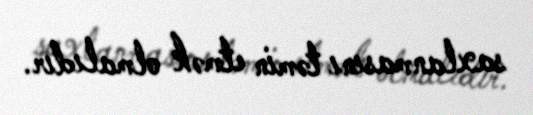
saxlanmasını təmin etmək olmalıdır.